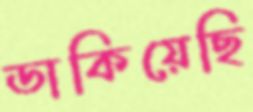
ডাকিয়েছি